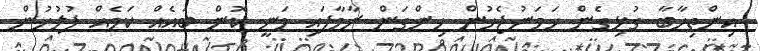
އިންތިހާބާ ގުޅިގެން ހަމަނުޖެހުން ހިންގަން ރާވާފައި ވަނީ ކޮން ބައެއް ކަމެއް ފުލުހުން